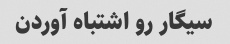
سیگار رو اشتباه آوردن